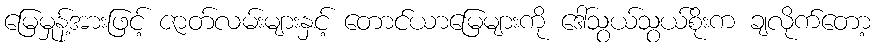
မြေမှုန့်အားဖြင့် ဇာတ်လမ်းများနှင့် တောင်ယာမြေများကို ဒေါ်သွယ်သွယ်စိုးက ချလိုက်တော့